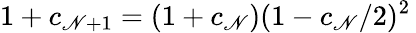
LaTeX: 1+c_{\mathscr{N}+1}=(1+c_{\mathscr{N}})(1-c_{\mathscr{N}}/2)^{2}\,